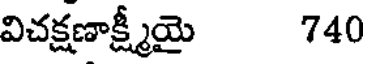
విచక్షణాక్ష్మీయై 740